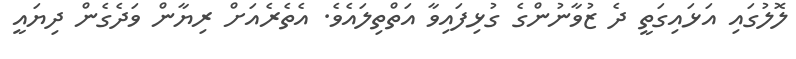
ލޮލުގައި އަޅައިގަތީ ދެ ޒުވާނުންގެ ގުޅިފައިވާ އަތްތިލައެވެ. އެތެރެއަށް ރިޔާން ވަދެގެން ދިޔައީ